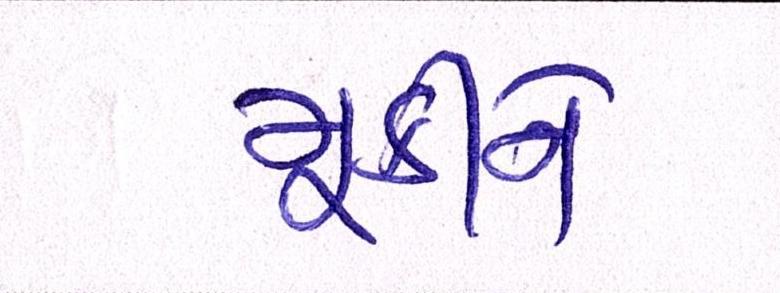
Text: મૂકીને